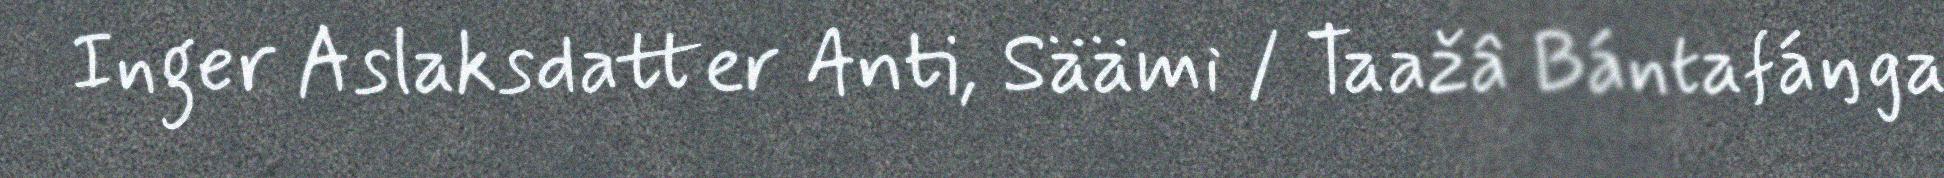
Inger Aslaksdatter Anti, Säämi / Taažâ Bántafáŋga